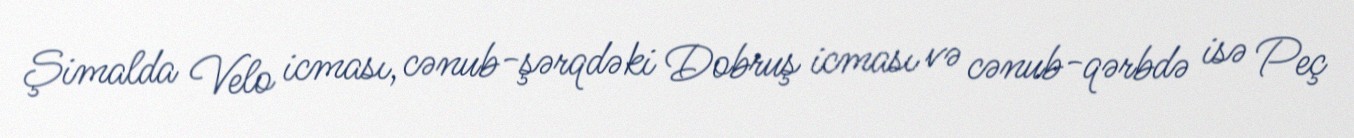
Şimalda Velo icması, cənub-şərqdəki Dobruş icması və cənub-qərbdə isə Peç